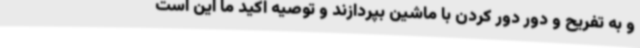
و به تفریح و دور دور کردن با ماشین بپردازند و توصیه اکید ما این است